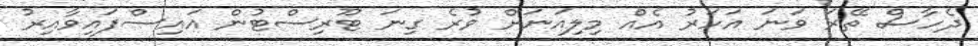
ދެހާސް ތޭރަ ވަނަ އަހަރު އެއް މިލިއަނަށް ވުރެ ގިނަ ޓޫރިސްޓުން އައިސްފައިވާއިރު